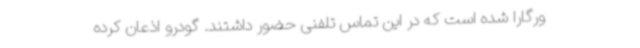
ورگارا شده است که در این تماس تلفنی حضور داشتند. گودرو اذعان کرده